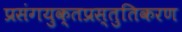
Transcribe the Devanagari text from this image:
प्रसंगयुक्तप्रस्तुतिकरण